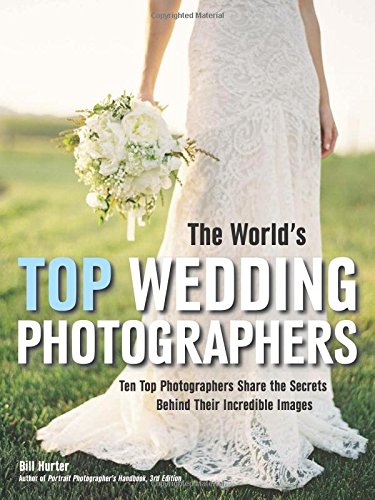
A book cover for The World's Top Wedding Photographers: Ten Top Photographers Share the Secrets Behind Their Incredible Images; Bill Hurter; Crafts, Hobbies & Home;